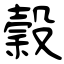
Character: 穀